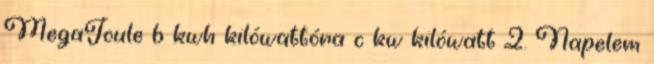
MegaJoule b kwh kilówattóra c kw kilówatt 2. Napelem